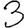
Digit: 3